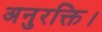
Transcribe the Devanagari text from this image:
अनुरक्ति।